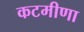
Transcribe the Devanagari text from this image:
कटमीणा